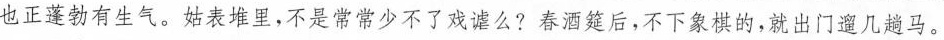
也正蓬勃有生气。姑表堆里，不是常常少不了戏谑么？春酒筵后，不下象棋的，就出门遛几趟马。